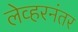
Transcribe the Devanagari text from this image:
लेव्हरनंतर